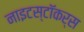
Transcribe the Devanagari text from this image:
नाइटस्टॉकर्स